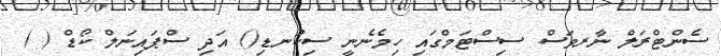
ސެންޓްރަލް ނާރވަސް ސިސްޓަމްގައި ހިމެނެނީ ސިކުނޑި() އަދި ސްޕައިނަލް ކޯޑް ( )